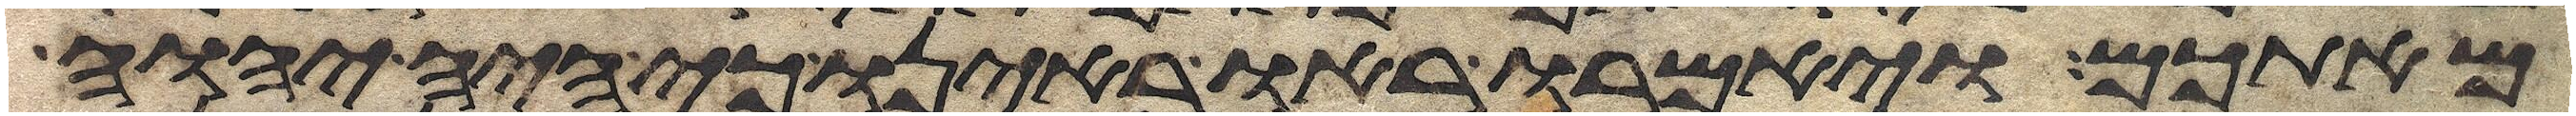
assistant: מאתכם ויאמרו ראו ראינו כי היה יהוה